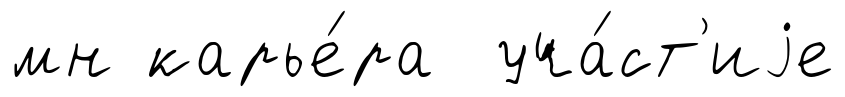
мн карье́ра уча́ст'иjе